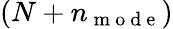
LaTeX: (N+n_{\mathrm{~m~o~d~e~}})